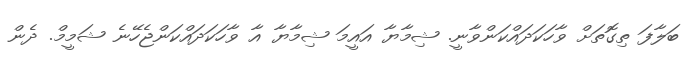
ބަލާފަ ތިގޮތަށް ވާހަކަދައްކަންވާނީ. ޝިމާޔާ އައީމަ ޝިމާޔާ އާ ވާހަކަދައްކަންޖެހޭނެ ޝަމީމް. ދެން